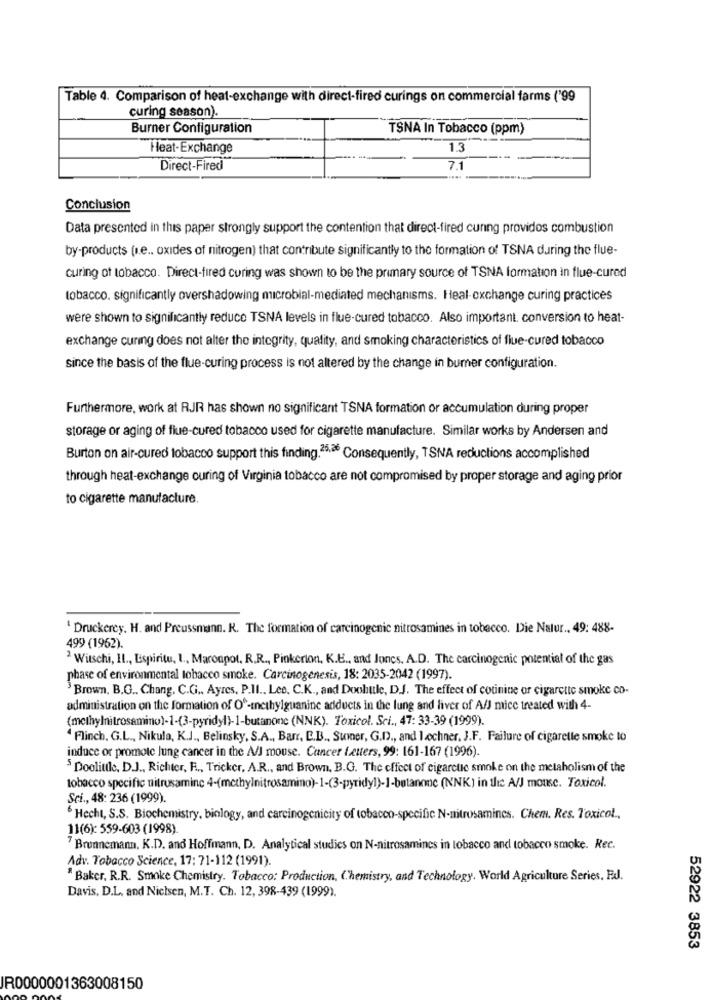
Table 4. Comparison of heat-exchange with direct-fired curings on commercial farms ('99
curing season).
Burner Configuration
TSNA In Tobacco (ppm)
Heat-Exchange
1.3
Direct-Fired
7,1
Conclusion
Data presented in this paper strongly support the contention that direct-fired cunng providos combustion
by-products (i.e .. oxides of nitrogen) that contribute significantly to the formation of TSNA during the flue-
curing of tobacco. Direct-fired curing was shown to be the primary source of TSNA formation in flue-cured
tobacco. significantly overshadowing microbial-mediated mechanisms. Heal exchange curing practices
were shown to significantly reduce TSNA levels in flue-cured tobacco. Also important. conversion to heat-
exchange curing does not alter the integrity, quality, and smoking characteristics of flue-cured tobacco
since the basis of the flue-curing process is not altered by the change in burner configuration.
Furthermore, work at RJR has shown no significant TSNA formation or accumulation during proper
storage or aging of fiue-cured tobacco used for cigarette manufacture. Similar works by Andersen and
Burton on air-cured tobacco support this finding.25,26 Consequently, TSNA reductions accomplished
through heat-exchange ouring of Virginia tobacco are not compromised by proper storage and aging prior
to cigarette manufacture.
' Druckerey. H. and Preussmann. R. The formation of carcinogenic nitrosamines in tobacco. Die Natur .. 49: 488-
499 (1962).
2 Witschi, II ., Espiritu, L ., Maconpot, R.R ., Pinkerton, K.E ., and Jones. A.D. The carcinogenic potential of the gas
phase of environmental tobacco smoke. Carcinogenesis, 18: 2035-2042 (1997).
Brown. B.G ., Chang. C.G ., Ayres, P.Il ., Lee, C.K ., and Doobutle, D.J. The effect of cotinine or cigarette smoke co-
administration on the formation of Of-methylguanine adducts in the lung and liver of A/J mice treated with 4-
(methylnitrosamino)-1-(3-pyridyl)-1-butanone (NNK). Toxicol. Sci ., 47: 33-39 (1999).
4 Flinch. G.L ., Nikula, K.J ., Belinsky, S.A ., Barr, E.B ., Sumer, G.D ., and lechner, J.F. Failure of cigarette smoke to
induce or promote lung cancer in the A/J mouse. Cancer Letters, 99: 161-167 (1996).
$Doolittle, D.J ., Richter, R ., Tricker, A.R ., and Brown, B.G. The effect of cigarette smoke on the metaholism of the
tobacco specific nitrusaminc 4-(methylnitrosamino)-1-(3-pyridyl)-1-butanone (NNK) in the A/J mouse. Toxicol.
Sci ., 48: 236 (1999).
Hecht, S.S. Biochemistry, biology, and carcinogenicity of tobacco-specific N-mitrosamines. Chem. Res. Toxicol .,
11(6): 559-603 (1998)
Brunnemann. K.D. and Hoffmann, D. Analytical studies on N-nitrosamines in tobacco and tobacco smoke. Rec.
Adv. Tobacco Science, 17: 71-112 (1991).
"Baker. R.R. Smoke Chemistry. Tobacco: Production, Chemistry, and Technology. World Agriculture Series, Ed.
Davis, D.L. and Nichsen, M.T. Ch. 12, 398-439 (1999).
52922 3853
JR0000001363008150